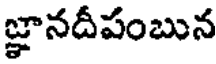
జ్ఞానదీపంబున